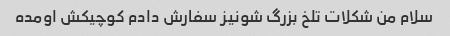
سلام من شکلات تلخ بزرگ شونیز سفارش دادم کوچیکش اومده